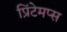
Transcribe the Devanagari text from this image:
प्रिंटेमप्स